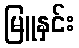
မြူနှင်း